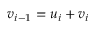
v _ { i - 1 } = u _ { i } + v _ { i }